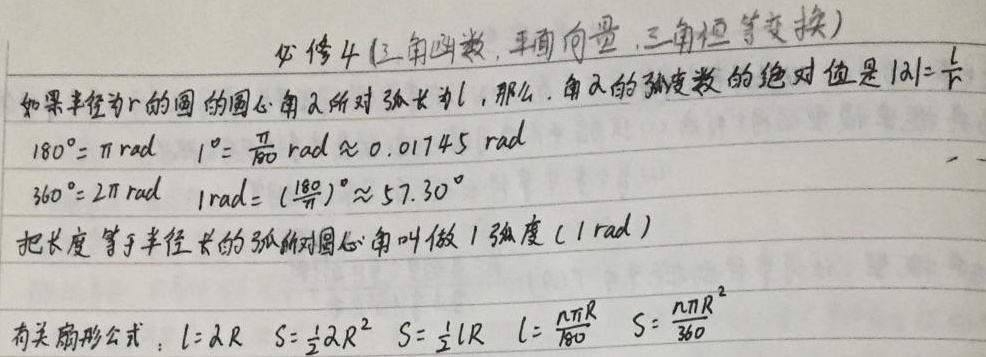
必修 4 (三角函数, 平面向量, 三角恒等变换)

如果半径为\(r\)的圆的圆心角\(\alpha\)所对弧长为\(l\)，那么，角\(\alpha\)的弧度数的绝对值是\(|\alpha|=\frac{l}{r}\)。

\(180^{\circ}=\pi\ \text{rad}\)，\(1^{\circ}=\frac{\pi}{180}\ \text{rad}\approx0.01745\ \text{rad}\)

\(360^{\circ}=2\pi\ \text{rad}\)，\(1\ \text{rad}=(\frac{180}{\pi})^{\circ}\approx57.30^{\circ}\)

把长度等于半径长的弧所对圆心角叫做\(1\)弧度\((1\ \text{rad})\)。

有关扇形公式：\(l = \alpha R\)，\(S=\frac{1}{2}\alpha R^{2}\)，\(S=\frac{1}{2}lR\)，\(l=\frac{n\pi R}{180}\)，\(S=\frac{n\pi R^{2}}{360}\) 。